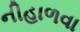
નીહાળવા